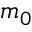
m _ { 0 }